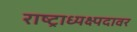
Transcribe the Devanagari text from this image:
राष्ट्राध्यक्ष्पदावर